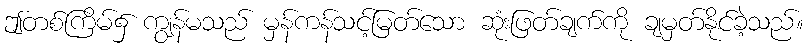
ဤတစ်ကြိမ်၌ ကျွန်မသည် မှန်ကန်သင့်မြတ်သော ဆုံးဖြတ်ချက်ကို ချမှတ်နိုင်ခဲ့သည်။